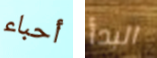
أحباء البدأ